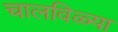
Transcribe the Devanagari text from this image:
चालविळ्या